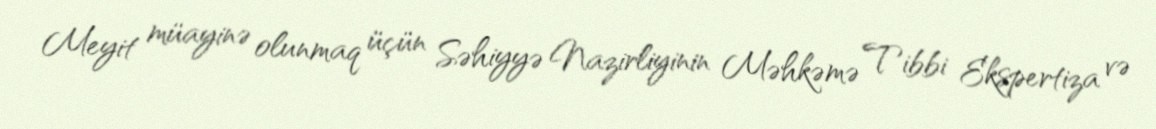
Meyit müayinə olunmaq üçün Səhiyyə Nazirliyinin Məhkəmə Tibbi Ekspertiza və